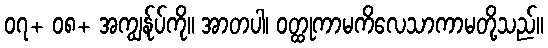
၀၇+ ၀၈+ အကျွန်ုပ်ကို။ အာတပါ၊ ဝတ္ထုကာမကိလေသာကာမတို့သည်။